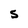
Character: S